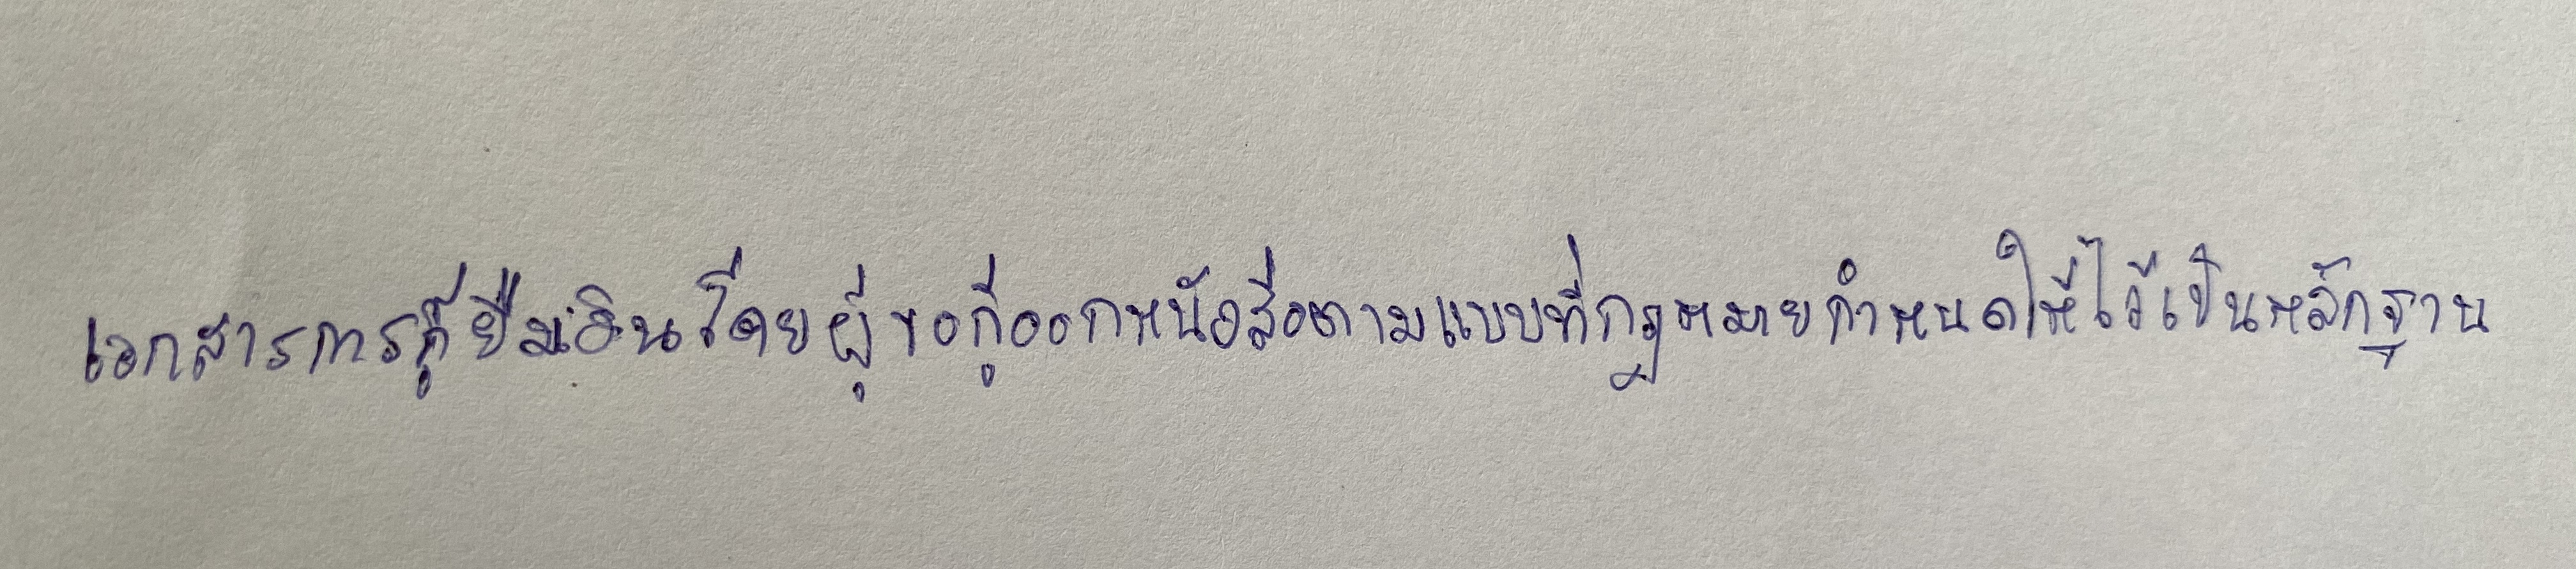
เอกสารการกู้ยืมเงินโดยผู้ขอกู้ออกหนังสือตามแบบที่กฎหมายกำหนดให้ไว้เป็นหลักฐาน